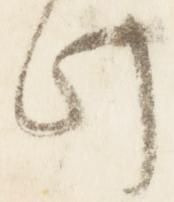
此